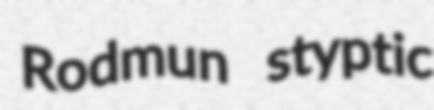
Rodmun styptic